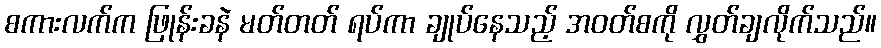
စကားလက်က ဖြုန်းခနဲ မတ်တတ် ရပ်ကာ ချုပ်နေသည့် အဝတ်စကို လွှတ်ချလိုက်သည်။